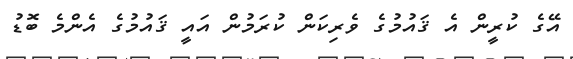
އޭގެ ކުރީން އެ ޤައުމުގެ ވެރިކަން ކުރަމުން އައީ ޤައުމުގެ އެންމެ ބޮޑު